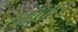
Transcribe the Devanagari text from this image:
रक्षातल